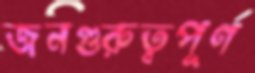
জনগুরুত্বপূর্ণ